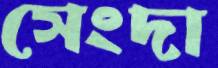
সেংদা